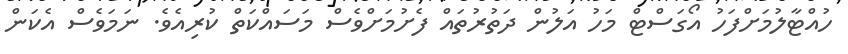
ހުއްޓާލުމަށްފަހު އޯގަސްޓް މަހު އަލުން ދަތުރުތައް ފެށުމަށްވެސް މަސައްކަތް ކުރިއެވެ. ނަމަވެސް އެކަން